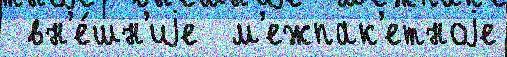
 вн'е́шн'иjе  м'ежпак'етноjе